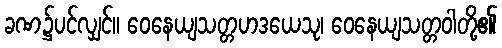
ခဏ၌ပင်လျှင်။ ဝေနေယျသတ္တဟဒယေသု၊ ဝေနေယျသတ္တဝါတို့၏